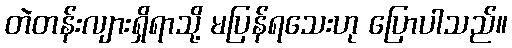
တဲတန်းလျားရှိရာသို့ မပြန်ရသေးဟု ပြောပါသည်။